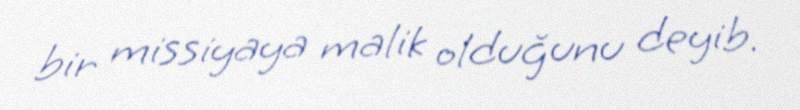
bir missiyaya malik olduğunu deyib.